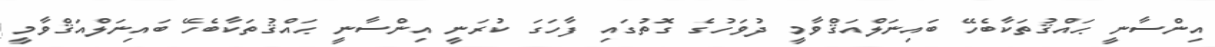
އިންސާނީ ޙައްޤުތަކާބެހޭ ބައިނަލްއަޤްވާމީ ދުވަހުގެ ގޮތުގައި ފާހަގަ ކުރަނީ އިންސާނީ ޙައްޤުތަކާބެހޭ ބައިނަލްއަޤްވާމީ